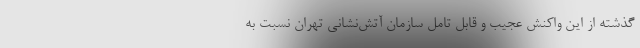
گذشته از این واکنش عجیب و قابل تامل سازمان آتش‌نشانی تهران نسبت به